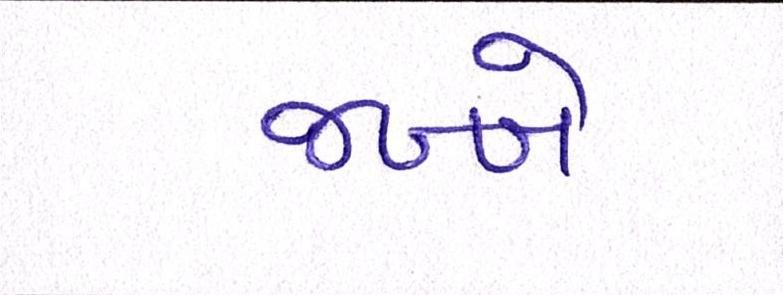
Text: જબ્બે